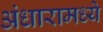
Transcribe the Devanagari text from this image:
अंधारामध्ये